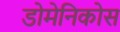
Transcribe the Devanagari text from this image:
डोमेनिकोस